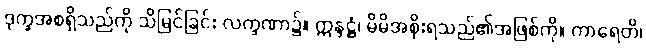
ဒုက္ခအစရှိသည်ကို သိမြင်ခြင်း လက္ခဏာ၌။ ဣန္ဒဋ္ဌံ၊ မိမိအစိုးရသည်၏အဖြစ်ကို။ ကာရေတိ၊